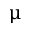
\upmu